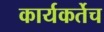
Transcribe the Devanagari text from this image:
कार्यकर्तेच